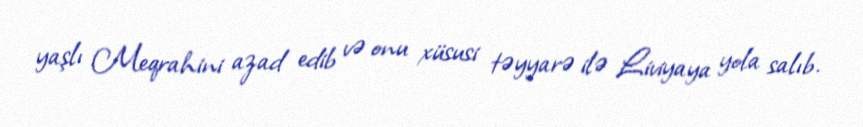
yaşlı Meqrahini azad edib və onu xüsusi təyyarə ilə Liviyaya yola salıb.